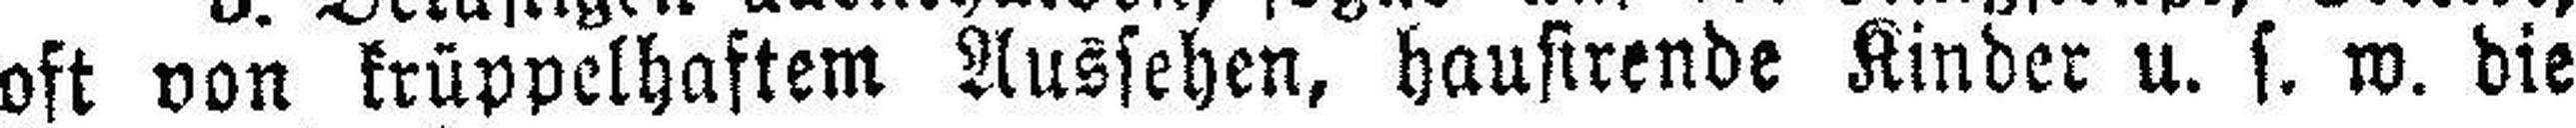
oft von krüppelhaftem Aussehen, hausirende Kinder u. s. w. die